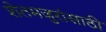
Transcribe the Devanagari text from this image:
शेतमजुरांसाठी